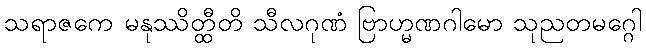
သရာဇကေ မနုဿိတ္ထီတိ သီလဂုဏံ ဗြာဟ္မဏဂါမော သုညတမဂ္ဂေါ